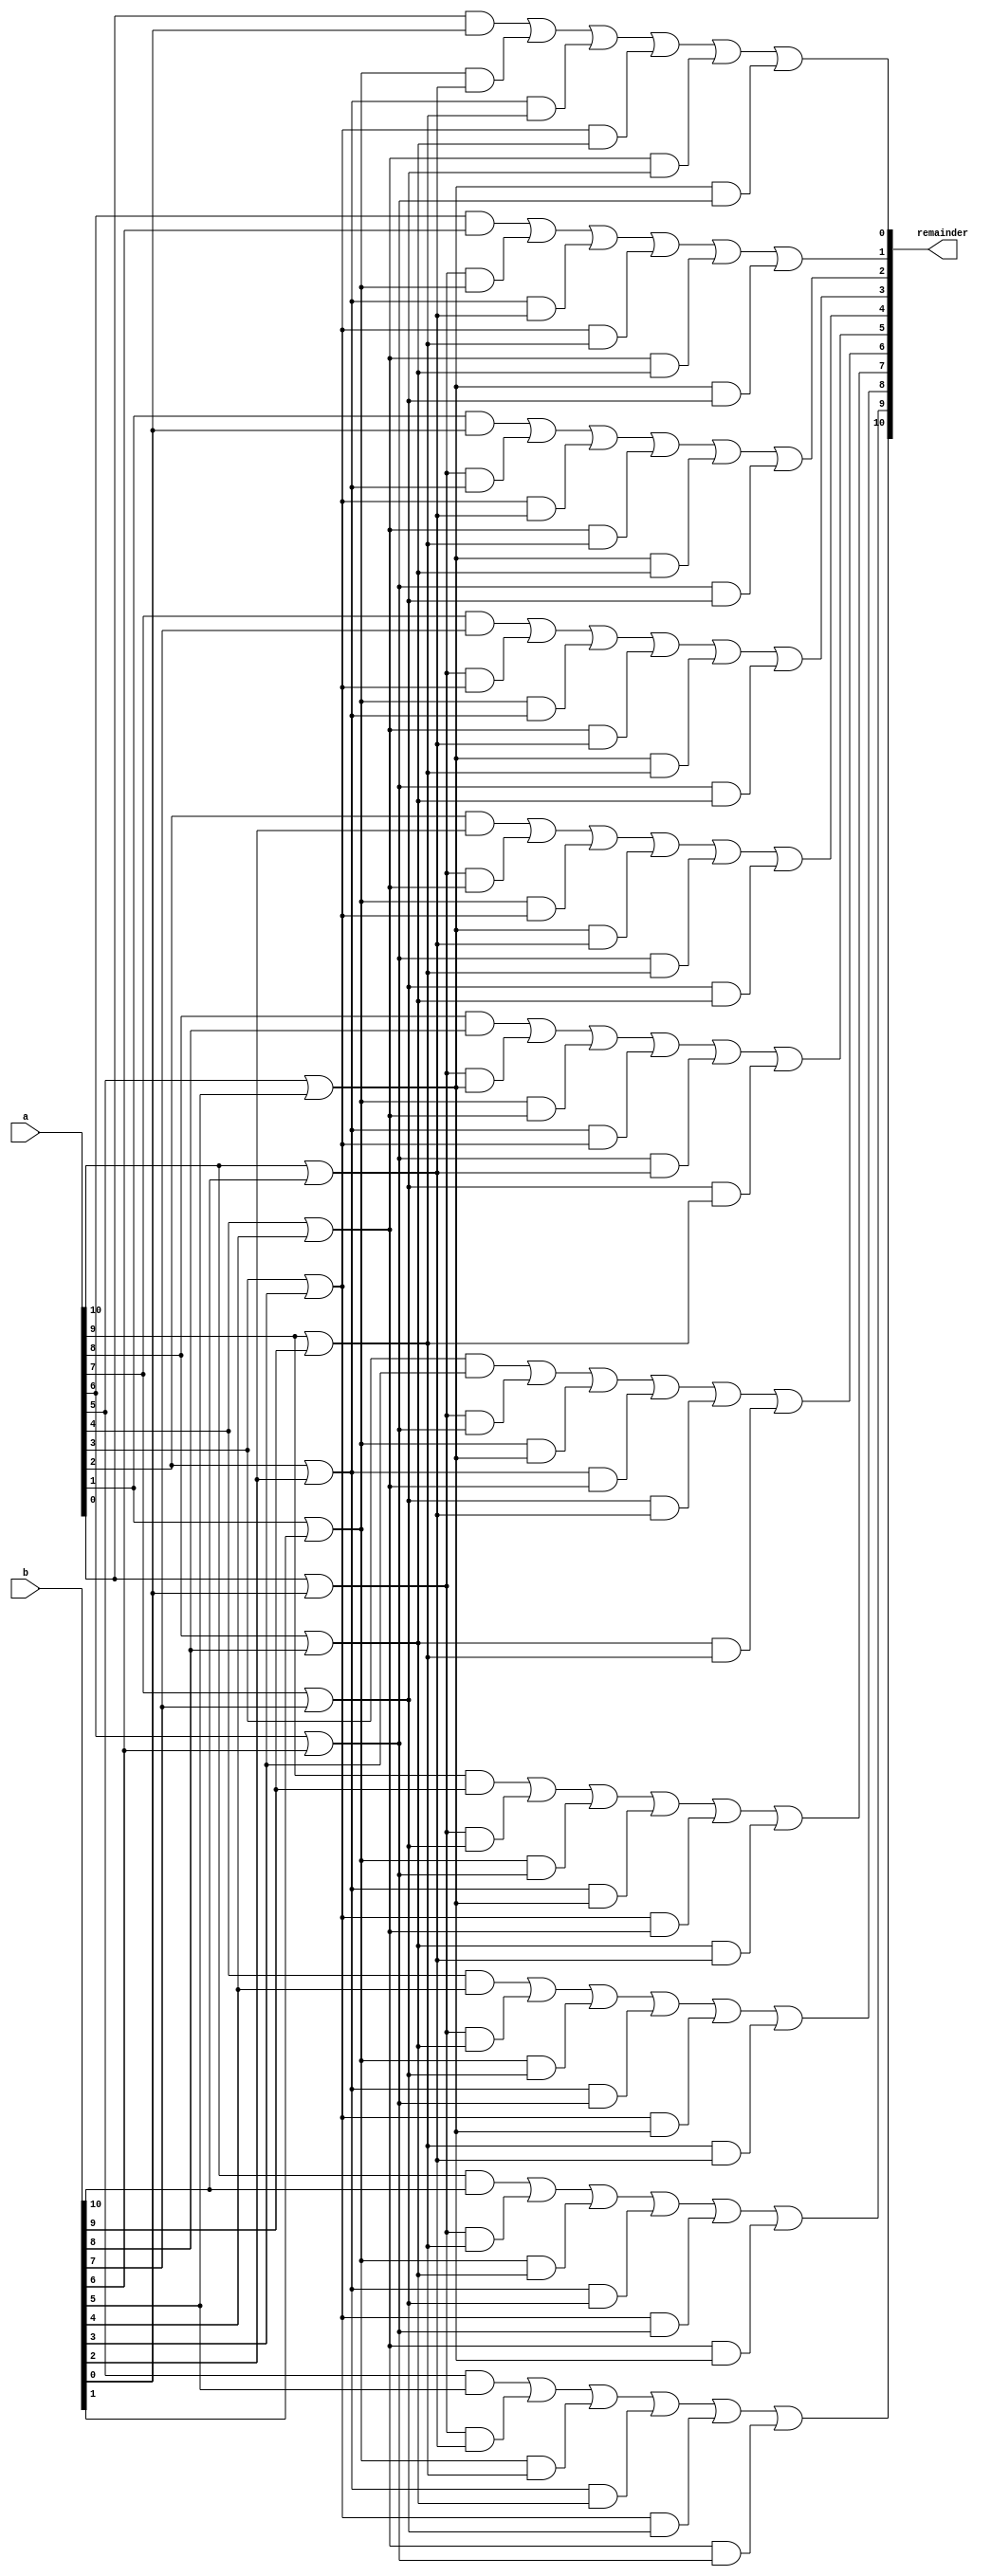
`timescale 1ns / 1ps
module ohc_11_modulo_adder(a,b,remainder);
    input[10:0]a,b;
    output[10:0]remainder;

    wire [10:0]annd;
    wire [10:0]oor;
    wire [55:1]stage2;

    assign annd[10] = (a[10] & b[10]);
    assign annd[9] = (a[9] & b[9]);
    assign annd[8] = (a[8] & b[8]);
    assign annd[7] = (a[7] & b[7]);
    assign annd[6] = (a[6] & b[6]);
    assign annd[5] = (a[5] & b[5]);
    assign annd[4] = (a[4] & b[4]);
    assign annd[3] = (a[3] & b[3]);
    assign annd[2] = (a[2] & b[2]);
    assign annd[1] = (a[1] & b[0]);
    assign annd[0] = (a[0] & b[0]);

    assign oor[10] = (a[10] | b[10]);
    assign oor[9] = (a[9] | b[9]);
    assign oor[8] = (a[8] | b[8]);
    assign oor[7] = (a[7] | b[7]);
    assign oor[6] = (a[6] | b[6]);
    assign oor[5] = (a[5] | b[5]);
    assign oor[4] = (a[4] | b[4]);
    assign oor[3] = (a[3] | b[3]);
    assign oor[2] = (a[2] | b[2]);
    assign oor[1] = (a[1] | b[1]);
    assign oor[0] = (a[0] | b[0]);

    assign stage2[55] = (oor[1] & oor[10]);
    assign stage2[54] = (oor[2] & oor[9]);
    assign stage2[53] = (oor[3] & oor[8]);
    assign stage2[52] = (oor[4] & oor[7]);
    assign stage2[51] = (oor[5] & oor[6]);

    assign stage2[50] = (oor[0] & oor[2]);
    assign stage2[49] = (oor[3] & oor[10]);
    assign stage2[48] = (oor[4] & oor[9]);
    assign stage2[47] = (oor[5] & oor[8]);
    assign stage2[46] = (oor[6] & oor[7]);

    assign stage2[45] = (oor[0] & oor[4]);
    assign stage2[44] = (oor[1] & oor[3]);
    assign stage2[43] = (oor[5] & oor[10]);
    assign stage2[42] = (oor[6] & oor[9]);
    assign stage2[41] = (oor[7] & oor[8]);

    assign stage2[40] = (oor[0] & oor[6]);
    assign stage2[39] = (oor[1] & oor[5]);
    assign stage2[38] = (oor[2] & oor[4]);
    assign stage2[37] = (oor[7] & oor[10]);
    assign stage2[36] = (oor[8] & oor[9]);

    assign stage2[35] = (oor[0] & oor[8]);
    assign stage2[34] = (oor[1] & oor[7]);
    assign stage2[33] = (oor[2] & oor[6]);
    assign stage2[32] = (oor[3] & oor[5]);
    assign stage2[31] = (oor[9] & oor[10]);

    assign stage2[30] =  (oor[0] & oor[10]);
    assign stage2[29] =  (oor[1] & oor[9]);
    assign stage2[28] =  (oor[2] & oor[8]);
    assign stage2[27] =  (oor[3] & oor[7]);
    assign stage2[26] =  (oor[4] & oor[6]);

    assign stage2[25] = (oor[0] & oor[1]);
    assign stage2[24] = (oor[2] & oor[10]);    
    assign stage2[23] = (oor[3] & oor[9]);
    assign stage2[22] = (oor[4] & oor[8]);
    assign stage2[21] = (oor[5] & oor[7]);

    assign stage2[20] = (oor[0] & oor[3]);
    assign stage2[19] = (oor[1] & oor[2]);
    assign stage2[18] = (oor[4] & oor[10]);
    assign stage2[17] = (oor[5] & oor[9]);
    assign stage2[16] = (oor[6] & oor[8]);

    assign stage2[15] = (oor[0] & oor[5]);
    assign stage2[14] = (oor[1] & oor[4]);
    assign stage2[13] = (oor[2] & oor[3]);
    assign stage2[12] = (oor[6] & oor[10]);
    assign stage2[11] = (oor[7] & oor[9]);
    
    assign stage2[10] = (oor[0] & oor[7]);
    assign stage2[9] = (oor[1] & oor[6]);
    assign stage2[8] = (oor[2] & oor[5]);
    assign stage2[7] = (oor[3] & oor[4]);
    assign stage2[6] = (oor[8] & oor[10]);
    
    assign stage2[5] = (oor[0] & oor[9]);
    assign stage2[4] = (oor[1] & oor[8]);
    assign stage2[3] = (oor[2] & oor[7]);
    assign stage2[2] = (oor[3] & oor[6]);
    assign stage2[1] = (oor[4] & oor[5]);

    assign remainder[0] = (annd[0] | stage2[55] | stage2[54] | stage2[53] | stage2[52] | stage2[51]);
    assign remainder[2] = (annd[1] | stage2[50] | stage2[49] | stage2[48] | stage2[47] | stage2[46]);
    assign remainder[4] = (annd[2] | stage2[45] | stage2[44] | stage2[43] | stage2[42] | stage2[41]);
    assign remainder[6] = (annd[3] | stage2[40] | stage2[39] | stage2[38] | stage2[37] | stage2[36]);
    assign remainder[8] = (annd[4] | stage2[35] | stage2[34] | stage2[33] | stage2[32] | stage2[31]);
    assign remainder[10] = (annd[5] | stage2[30] | stage2[29] | stage2[28] | stage2[27] | stage2[26]);
    assign remainder[1] = (annd[6] | stage2[25] | stage2[24] | stage2[23] | stage2[22] | stage2[21]);
    assign remainder[3] = (annd[7] | stage2[20] | stage2[19] | stage2[18] | stage2[17] | stage2[16]);
    assign remainder[5] = (annd[8] | stage2[15] | stage2[14] | stage2[13] | stage2[12] | stage2[11]);
    assign remainder[7] = (annd[9] | stage2[10] | stage2[9] | stage2[8] | stage2[7] | stage2[6]);
    assign remainder[9] = (annd[10] | stage2[5] | stage2[4] | stage2[3] | stage2[2] | stage2[1]);
    



endmodule